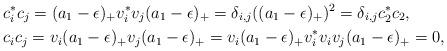
LaTeX: \begin{align*}&c_i^*c_j=(a_1-\epsilon)_+ v_i^*v_j(a_1-\epsilon)_+=\delta_{i,j}((a_1-\epsilon)_+)^2=\delta_{i,j}c_2^*c_2,\\&c_ic_j=v_i(a_1-\epsilon)_+ v_j(a_1-\epsilon)_+=v_i(a_1-\epsilon)_+v_i^*v_i v_j(a_1-\epsilon)_+=0, \end{align*}